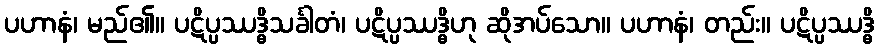
ပဟာနံ၊ မည်၏။ ပဋိပ္ပဿဒ္ဓိသင်္ခါတံ၊ ပဋိပ္ပဿဒ္ဓိဟု ဆိုအပ်သော။ ပဟာနံ၊ တည်း။ ပဋိပ္ပဿဒ္ဓိ